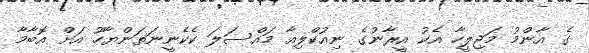
ގެ އާންމު މަޖިލީހާ އެކު އީރާނުގެ ނިއުކްލިއާ މައްސަލަ ކެކެނީނަތަންޔާހޫ އަށް އޮބާމާ